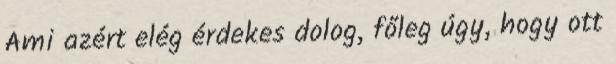
Ami azért elég érdekes dolog, főleg úgy, hogy ott